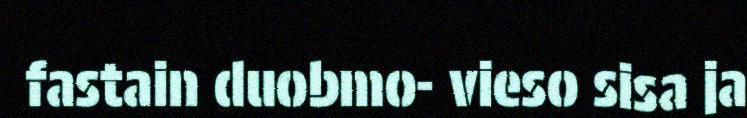
fastain duobmo- vieso sisa ja